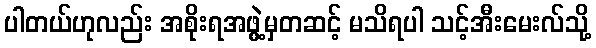
ပါတယ်ဟုလည်း အစိုးရအဖွဲ့မှတဆင့် မသိရပါ သင့်အီးမေးလ်သို့